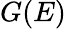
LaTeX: G(E)